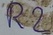
Text: R2